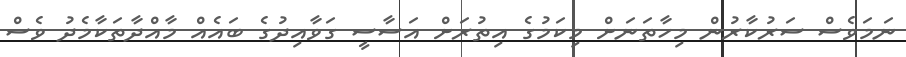
ނަމަވެސް ސަރުކާރުން މިހާތަނަށް މިކަމުގެ އިތުރަށް އަސާސީ ގަވާއިދުގެ ބައެއް މާއްދާތަކާމެދު ވެސް